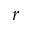
r